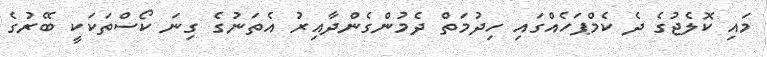
މައި ކޮލެޖުގެ ދެ ކެމްޕަހެއްގައި ހިދުމަތް ދެމުންގެންދާއިރު އެތަނުގެ ގިނަ ކޯސްތަކަކީ ބޭރުގެ